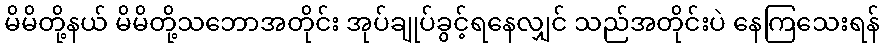
မိမိတို့နယ် မိမိတို့သဘောအတိုင်း အုပ်ချုပ်ခွင့်ရနေလျှင် သည်အတိုင်းပဲ နေကြသေးရန်